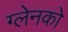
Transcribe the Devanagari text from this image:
ग्लेनको